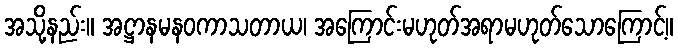
အသို့နည်း။ အဋ္ဌာနမနဝကာသတာယ၊ အကြောင်းမဟုတ်အရာမဟုတ်သောကြောင့်။